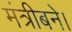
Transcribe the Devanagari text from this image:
मंत्रीबने।